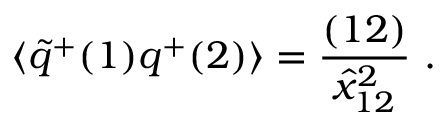
\langle \widetilde q ^ { + } ( 1 ) q ^ { + } ( 2 ) \rangle = { \frac { ( 1 2 ) } { \hat { x } _ { 1 2 } ^ { 2 } } } \ .